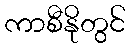
ကာစီနိုတွင်